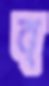
ব্